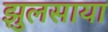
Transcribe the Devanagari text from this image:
झुलसाया